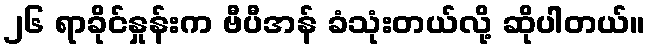
၂၆ ရာခိုင်နှုန်းက ဗီပီအန် ခံသုံးတယ်လို့ ဆိုပါတယ်။